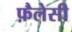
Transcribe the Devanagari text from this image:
फ़ैलेसी